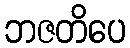
ဘဇတိပေ